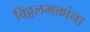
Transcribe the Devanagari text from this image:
विठ्ठलभक्तांना